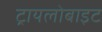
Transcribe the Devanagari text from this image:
ट्रायलोबाइट